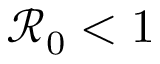
\mathcal { R } _ { 0 } < 1